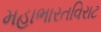
મહાભારતવિરાટ